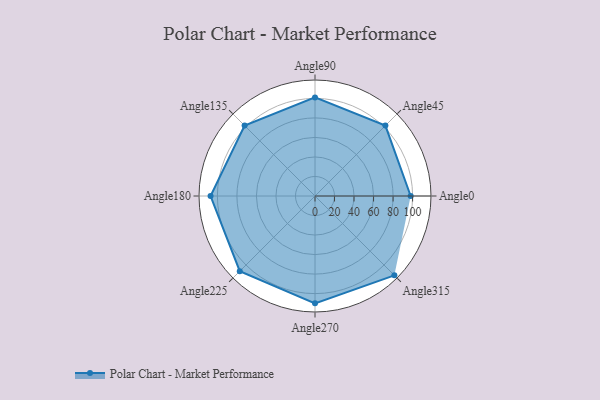
{"axis": {"x": "Angle", "y": "Radius"}, "legend": [""], "data": [{"x": "Angle0", "y": 98.0, "type": ""}, {"x": "Angle45", "y": 102.0, "type": ""}, {"x": "Angle90", "y": 101.0, "type": ""}, {"x": "Angle135", "y": 102.0, "type": ""}, {"x": "Angle180", "y": 107.0, "type": ""}, {"x": "Angle225", "y": 109.0, "type": ""}, {"x": "Angle270", "y": 110.0, "type": ""}, {"x": "Angle315", "y": 115.0, "type": ""}]}